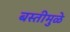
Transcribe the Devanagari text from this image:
बस्तीमुळे